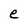
Character: e